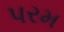
પરમ